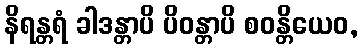
နိရန္တရံ ခါဒန္တာပိ ပိဝန္တာပိ စဝန္တိယေဝ,